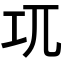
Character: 𭘄